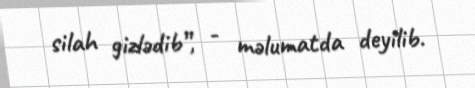
silah gizlədib”, - məlumatda deyilib.